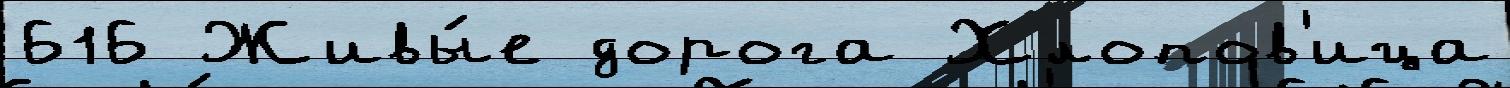
616 Живы́е дорога Хлопов'ица